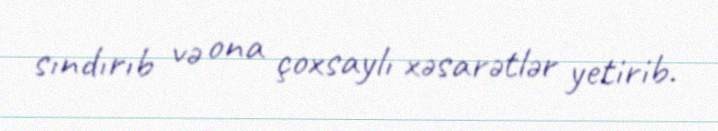
sındırıb və ona çoxsaylı xəsarətlər yetirib.